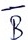
Text: B